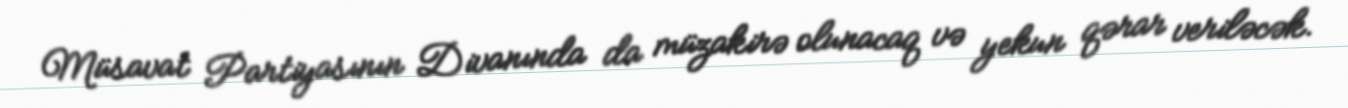
Müsavat Partiyasının Divanında da müzakirə olunacaq və yekun qərar veriləcək.